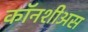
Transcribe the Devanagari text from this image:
कॉनशीअस